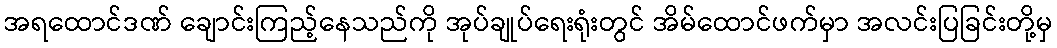
အရထောင်ဒဏ် ချောင်းကြည့်နေသည်ကို အုပ်ချုပ်ရေးရုံးတွင် အိမ်ထောင်ဖက်မှာ အလင်းပြခြင်းတို့မှ